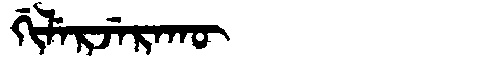
Manchu: ᡤᡳᠯᡝᡵᠵᡝᡵᠠᡴᡡ
Romanization: GILERJERAKŪ